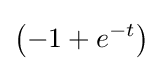
\left(-1+e^{-t}\right)